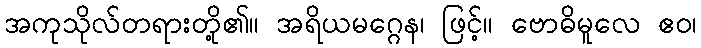
အကုသိုလ်တရားတို့၏။ အရိယမဂ္ဂေန၊ ဖြင့်။ ဗောဓိမူလေ ဧဝ၊